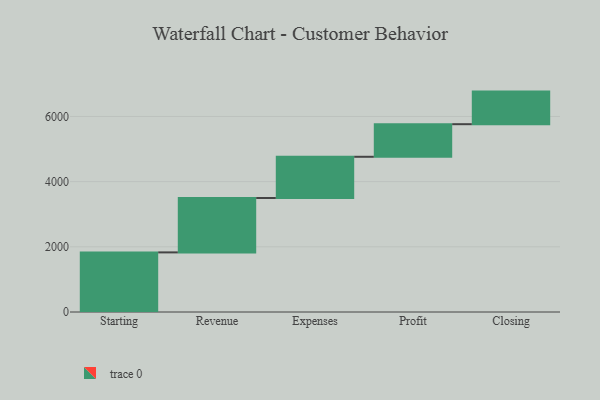
{"axis": {"x": "Step", "y": "Value"}, "legend": [""], "data": [{"x": "Starting", "y": 1829.0, "type": ""}, {"x": "Revenue", "y": 1669.0, "type": ""}, {"x": "Expenses", "y": 1265.0, "type": ""}, {"x": "Profit", "y": 1000, "type": ""}, {"x": "Closing", "y": 1000, "type": ""}]}